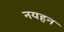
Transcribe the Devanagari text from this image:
नयहन